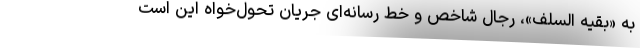
به «بقیه السّلف»، رجال شاخص و خط رسانه‌ای جریان تحول‌خواه این است